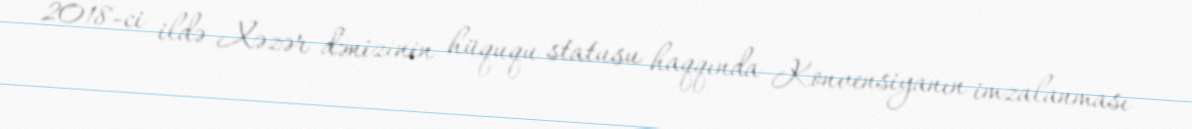
2018-ci ildə Xəzər dənizinin hüququ statusu haqqında Konvensiyanın imzalanması